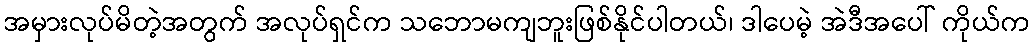
အမှားလုပ်မိတဲ့အတွက် အလုပ်ရှင်က သဘောမကျဘူးဖြစ်နိုင်ပါတယ်၊ ဒါပေမဲ့ အဲဒီအပေါ် ကိုယ်က